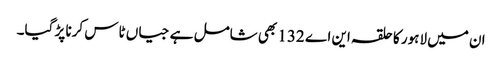
ان میں لاہور کا حلقہ این اے 132 بھی شامل ہے جیاں ٹاس کرنا پڑ گیا۔